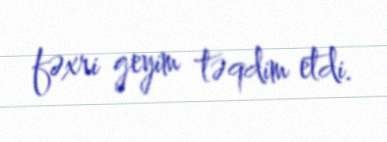
fəxri geyim təqdim etdi.